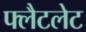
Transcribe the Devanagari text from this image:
फ्लैटलेट